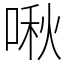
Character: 啾